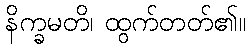
နိက္ခမတိ၊ ထွက်တတ်၏။